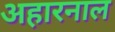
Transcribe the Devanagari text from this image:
अहारनाल